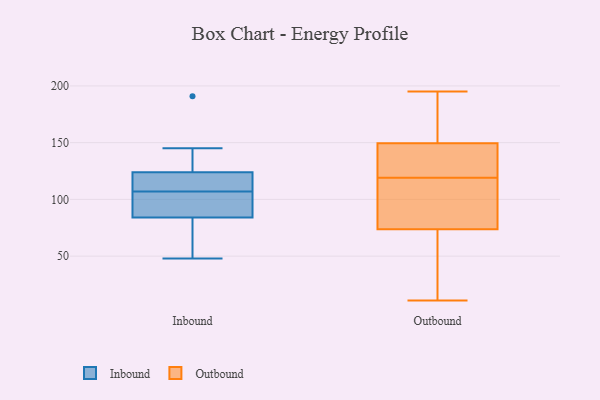
{"axis": {"x": "Bounce Rate (%)", "y": "Value"}, "legend": ["Inbound", "Outbound"], "data": [{"x": "", "y": 84, "type": "Inbound"}, {"x": "", "y": 123, "type": "Inbound"}, {"x": "", "y": 48, "type": "Inbound"}, {"x": "", "y": 145, "type": "Inbound"}, {"x": "", "y": 124, "type": "Inbound"}, {"x": "", "y": 102, "type": "Inbound"}, {"x": "", "y": 191, "type": "Inbound"}, {"x": "", "y": 112, "type": "Inbound"}, {"x": "", "y": 94, "type": "Inbound"}, {"x": "", "y": 80, "type": "Inbound"}, {"x": "", "y": 78, "type": "Outbound"}, {"x": "", "y": 187, "type": "Outbound"}, {"x": "", "y": 121, "type": "Outbound"}, {"x": "", "y": 119, "type": "Outbound"}, {"x": "", "y": 121, "type": "Outbound"}, {"x": "", "y": 61, "type": "Outbound"}, {"x": "", "y": 92, "type": "Outbound"}, {"x": "", "y": 190, "type": "Outbound"}, {"x": "", "y": 31, "type": "Outbound"}, {"x": "", "y": 11, "type": "Outbound"}, {"x": "", "y": 82, "type": "Outbound"}, {"x": "", "y": 137, "type": "Outbound"}, {"x": "", "y": 195, "type": "Outbound"}]}